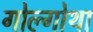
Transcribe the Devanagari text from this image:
गोल्गोथा